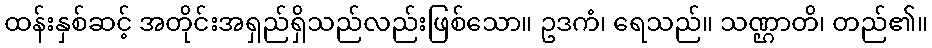
ထန်းနှစ်ဆင့် အတိုင်းအရှည်ရှိသည်လည်းဖြစ်သော။ ဥဒကံ၊ ရေသည်။ သဏ္ဌာတိ၊ တည်၏။